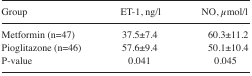
<table><thead><tr><td><b>Group</b></td><td><b>ET-1, ng/l</b></td><td><b>NO, μmol/l</b></td></tr></thead><tbody><tr><td>Metformin (n=47)</td><td>37.5±7.4</td><td>60.3±11.2</td></tr><tr><td>Pioglitazone (n=46)</td><td>57.6±9.4</td><td>50.1±10.4</td></tr><tr><td>P-value</td><td>0.041</td><td>0.045</td></tr></tbody></table>